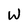
Character: W